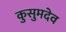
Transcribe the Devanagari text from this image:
कुसुमदेव